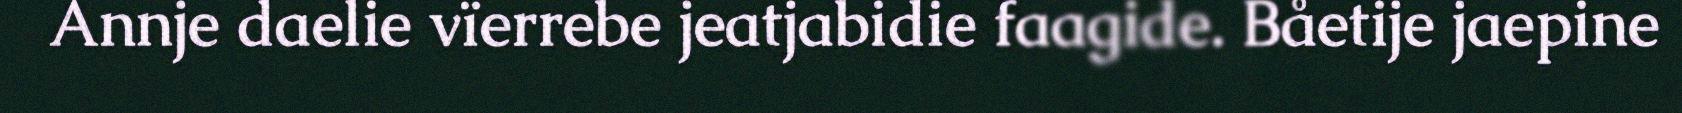
Annje daelie vïerrebe jeatjabidie faagide. Båetije jaepine